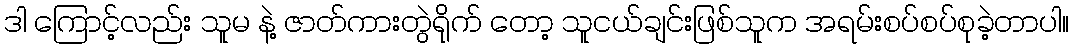
ဒါ ကြောင့်လည်း သူမ နဲ့ ဇာတ်ကားတွဲရိုက် တော့ သူငယ်ချင်းဖြစ်သူက အရမ်းစပ်စပ်စုခဲ့တာပါ။